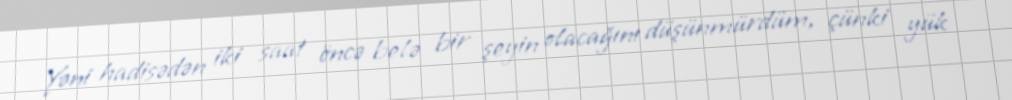
Yəni hadisədən iki saat öncə belə bir şeyin olacağını düşünmürdüm, çünki yük